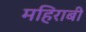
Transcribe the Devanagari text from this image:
महिराबी